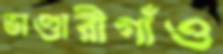
ভাণ্ডারীগাঁও